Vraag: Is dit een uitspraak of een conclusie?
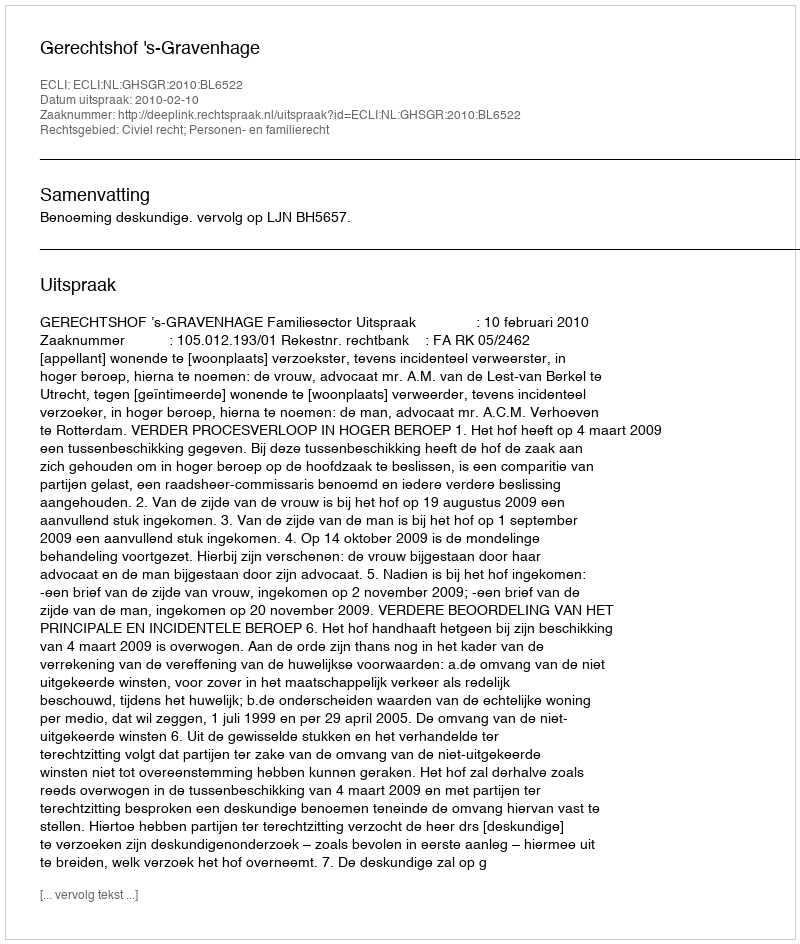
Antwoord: Uitspraak